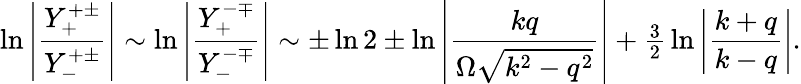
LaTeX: \ln\left|\frac{Y_{+}^{+\pm}}{Y_{-}^{+\pm}}\right|\sim\ln\left|\frac{Y_{+}^{-\mp}}{Y_{-}^{-\mp}}\right|\sim\pm\ln 2\pm\ln\left|\frac{kq}{\Omega\sqrt{k^{2}-q^{2}}}\right|+{\textstyle\frac{3}{2}}\ln\left|\frac{k+q}{k-q}\right|.